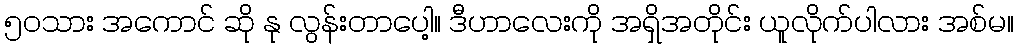
၅၀သား အကောင် ဆို နု လွန်းတာပေါ့။ ဒီဟာလေးကို အရှိအတိုင်း ယူလိုက်ပါလား အစ်မ။